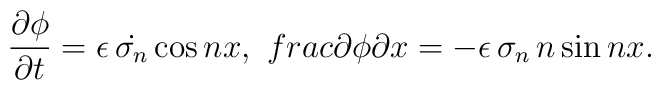
\frac{\partial\phi}{\partial t} = \epsilon\, \dot{\sigma_n} \cos nx,\ \ \\frac{\partial\phi}{\partial x} = - \epsilon\, \sigma_n\, n \sin nx.